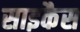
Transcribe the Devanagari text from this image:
साइकैस